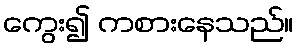
ကွေး၍ ကစားနေသည်။